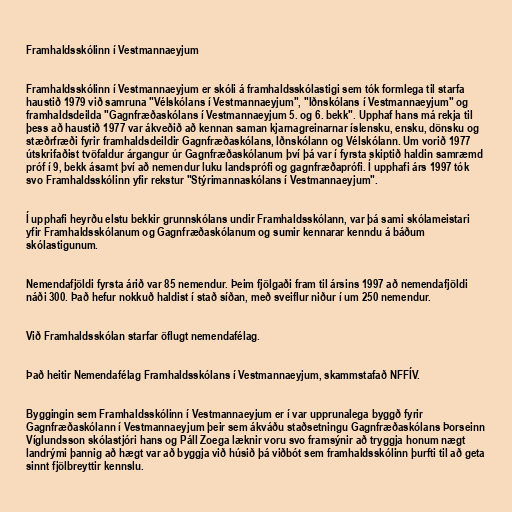
Framhaldsskólinn í Vestmannaeyjum

Framhaldsskólinn í Vestmannaeyjum er skóli á framhaldsskólastigi sem tók formlega til starfa
haustið 1979 við samruna "Vélskólans í Vestmannaeyjum", "Iðnskólans í Vestmannaeyjum" og
framhaldsdeilda "Gagnfræðaskólans í Vestmannaeyjum 5. og 6. bekk". Upphaf hans má rekja til
þess að haustið 1977 var ákveðið að kennan saman kjarnagreinarnar íslensku, ensku, dönsku og
stæðrfræði fyrir framhaldsdeildir Gagnfræðaskólans, Iðnskólann og Vélskólann. Um vorið 1977
útskrifaðist tvöfaldur árgangur úr Gagnfræðaskólanum því þá var í fyrsta skiptið haldin samræmd
próf í 9, bekk ásamt því að nemendur luku landsprófi og gagnfræðaprófi. Í upphafi árs 1997 tók
svo Framhaldsskólinn yfir rekstur "Stýrimannaskólans í Vestmannaeyjum".

Í upphafi heyrðu elstu bekkir grunnskólans undir Framhaldsskólann, var þá sami skólameistari
yfir Framhaldsskólanum og Gagnfræðaskólanum og sumir kennarar kenndu á báðum
skólastigunum.

Nemendafjöldi fyrsta árið var 85 nemendur. Þeim fjölgaði fram til ársins 1997 að nemendafjöldi
náði 300. Það hefur nokkuð haldist í stað síðan, með sveiflur niður í um 250 nemendur.

Við Framhaldsskólan starfar öflugt nemendafélag.

Það heitir Nemendafélag Framhaldsskólans í Vestmannaeyjum, skammstafað NFFÍV.

Byggingin sem Framhaldsskólinn í Vestmannaeyjum er í var upprunalega byggð fyrir
Gagnfræðaskólann í Vestmannaeyjum þeir sem ákváðu staðsetningu Gagnfræðaskólans Þorseinn
Víglundsson skólastjóri hans og Páll Zoega læknir voru svo framsýnir að tryggja honum nægt
landrými þannig að hægt var að byggja við húsið þá viðbót sem framhaldsskólinn þurfti til að geta
sinnt fjölbreyttir kennslu.